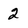
Character: 2